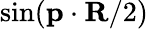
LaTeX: \sin(\textbf{p}\cdot\textbf{R}/2)